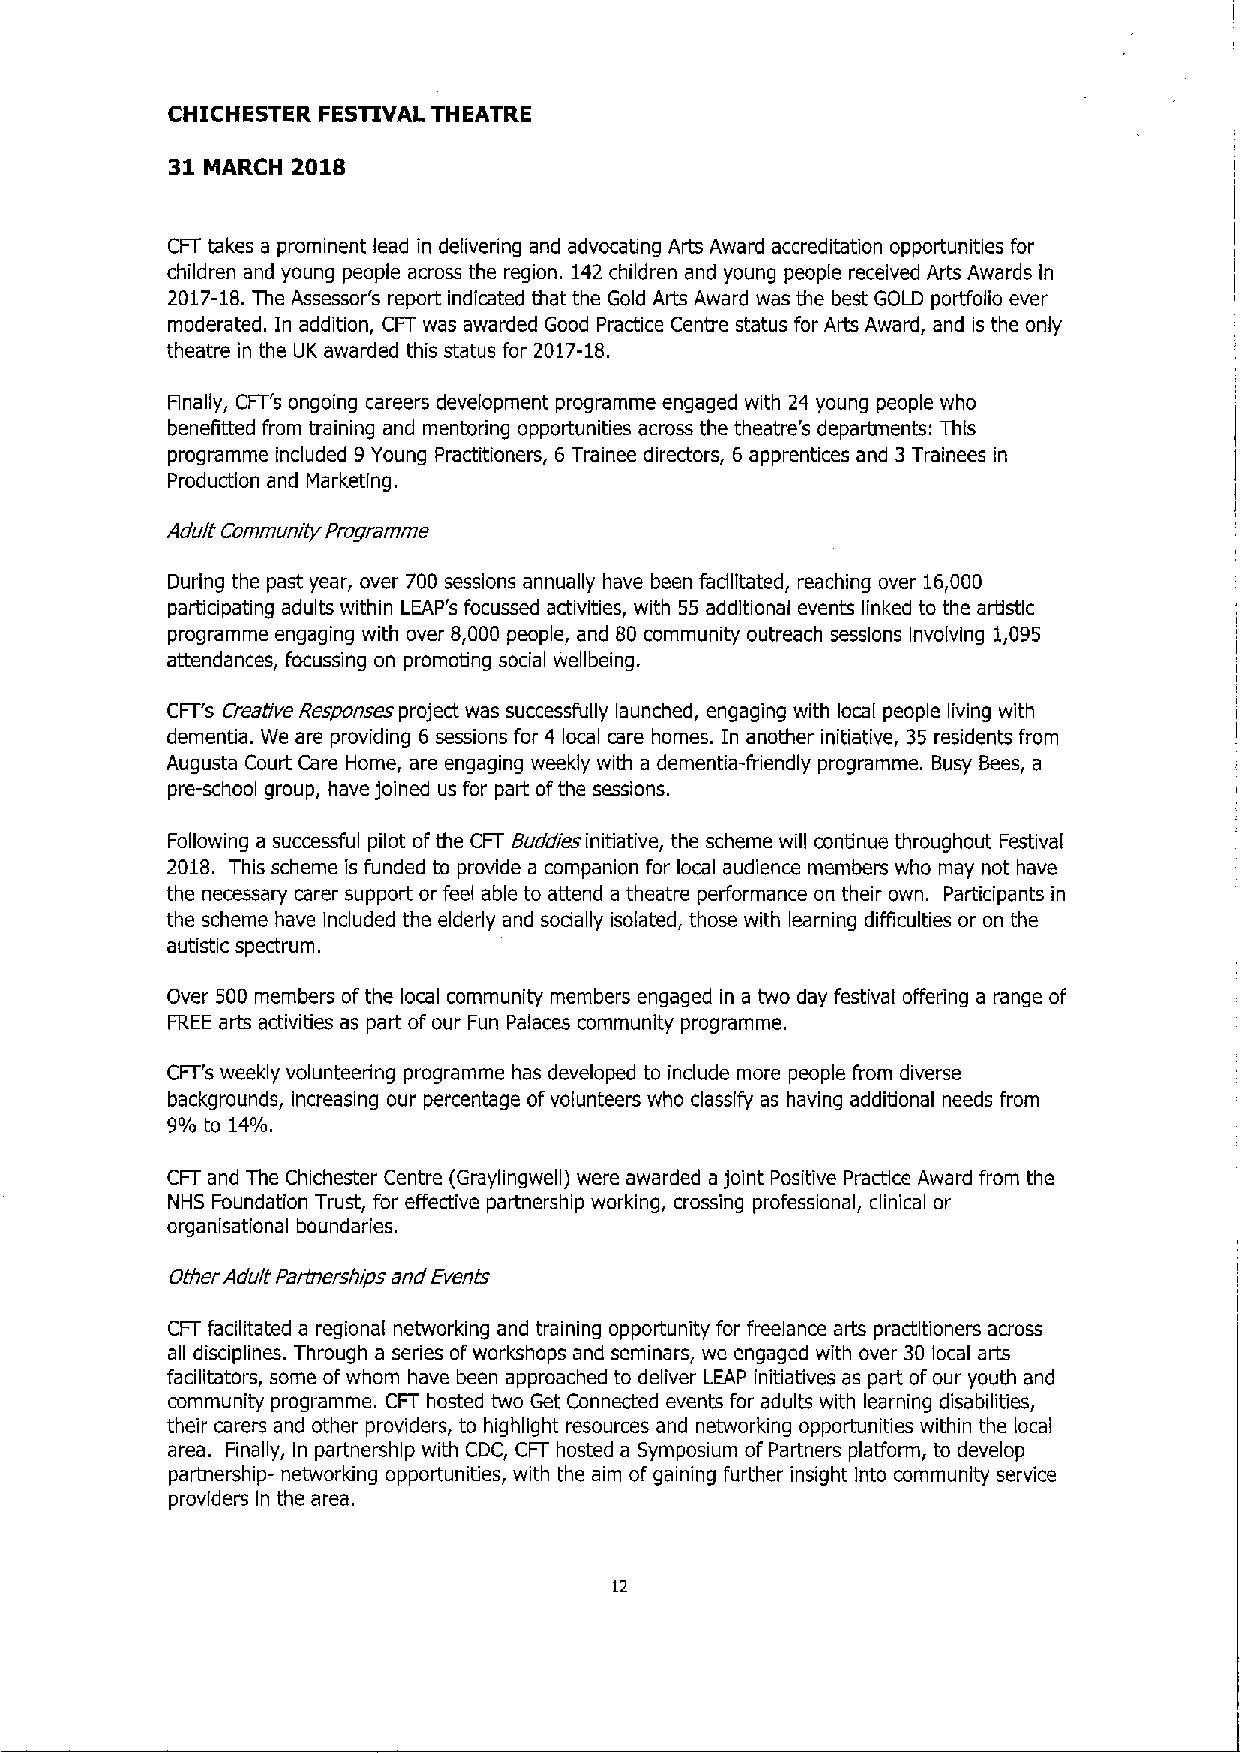
CHICHESTER FESTIVAL THEATRE
 31      2018
 IvlARCH
 CFT takes a prominent lead in delivering and advocating Arts Award accreditation opportunities for
 children and young people across the region. 142 children and young people received Arts Awards In
 2017-18.The Assessor's report indicated that the Gold Arts Award was the best GOLD porffolio ever
 moderated. In addition, CFT was awarded Good Practice Centre status for Arts Award, and is the only
 theatre in the LIK awarded this status for 2017-18.
 Finally, CFT's ongoing careers development programme engaged with 24 young people who
 benefitted from training and mentoring opportunities across the theatre's departments: This
 programme included 9Young Practitioners, 6 Trainee directors, 6 apprentices and 3Trainees in
 Production and Marketing.
 Adult Community Programme
 During the past year, over 700 sessions annually have been facilitated, reaching over 16,000
 participating adults within LEAP's focussed activities, with 55 additional events linked to the artistic
 programme engaging with over 8,000 people, and 80 community outreach sessions Involving 1,095
 attendances, focussing on promoting social wellbeing.
 CFT's Creative Responses project was successfully launched, engaging with local people living with
 dementia. We are providing 6 sessions for 4 local care homes. In another initiative, 35 residents from
 Augusta Court Care Home, are engaging weekly with a dementia-friendly programme. Busy Bees, a
 pre-school group, have joined us for part ofthe sessions.
 Following a successful pilot ofthe CFT Suddies initiative, the scheme will continue throughout Festival
 2018. This scheme is funded to provide a companion for local audience members who may not have
 the necessary carer support or feel able to attend a theatre performance on their own. Participants in
 the scheme have Included the elderly and socially isolated, those with learning difficulties or on the
 autistic spectrum.
 Over 500 members ofthe local community members engaged in a two day festival offering a range of
 FREE arts activities as part ofour Fun Palaces community programme.
 CFT's weekly volunteering programme has developed to include more people from diverse
 backgrounds, increasing our percentage ofvolunteers who classify as having additional needs from
 9/o to 14/o.
 CFT and The Chichester Centre (Graylingwell) were awarded a joint Positive Practice Award from the
 NHS Foundation Trust, for effective partnership working, crossing professional, clinical or
 organisational boundaries.
 Other Adult Partnershrps and Events
 CFT facilitated a regional networking and training opportunity for freelance arts practitioners across
 all disciplines. Through a series ofworkshops and seminars, we engaged with over 30 local arts
 facilitators, some ofwhom have been approached to deliver LEAP initiatives as part ofour youth and
 community programme. CFT hosted two Get Connected events for adults with learning disabilities,
 their carers and other providers, to highlight resources and networking opportunities within the local
 area. Finally, In partnership with CDC, CFT hosted a Symposium of Partners platform, to develop
 partnership- networking opportunities, with the aim of gaining further insight Into community service
 providers In the area.
 12